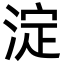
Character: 淀